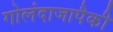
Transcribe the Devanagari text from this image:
गोलंदाजापैकी